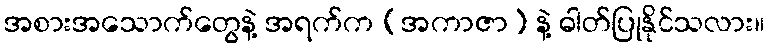
အစားအသောက်တွေနဲ့ အရက်က (အကာဇာ) နဲ့ ဓါတ်ပြုနိုင်သလား။